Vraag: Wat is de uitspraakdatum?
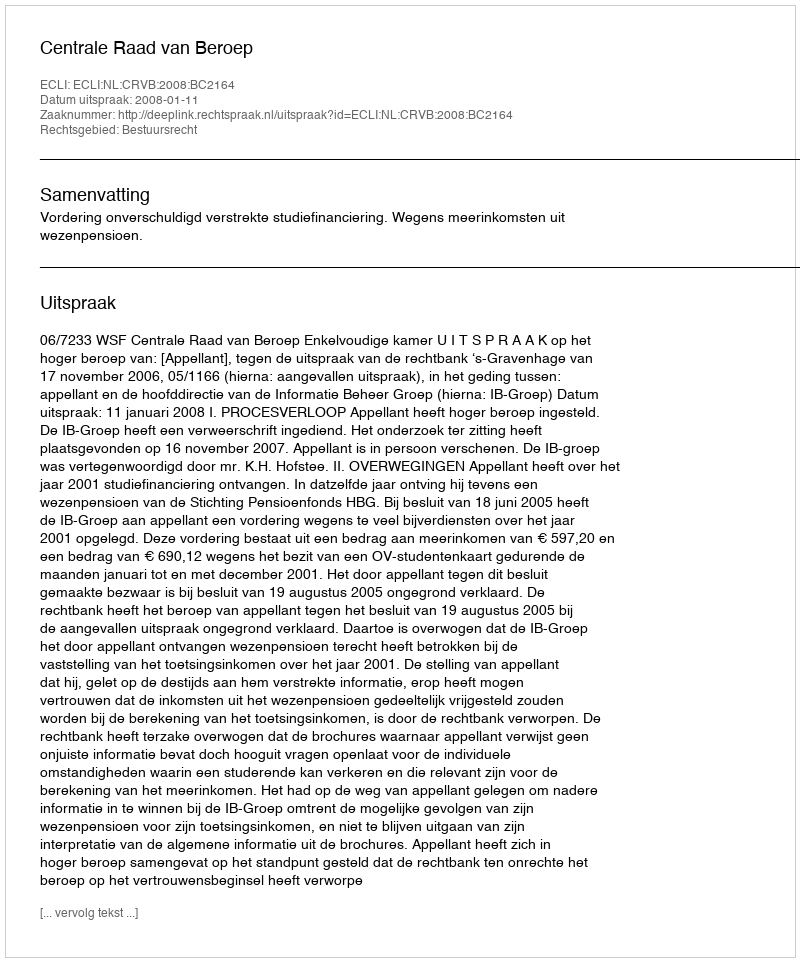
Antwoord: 2008-01-11